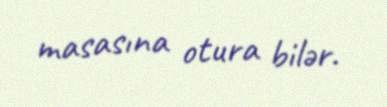
masasına otura bilər.